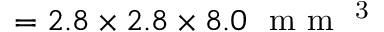
= 2 . 8 \times 2 . 8 \times 8 . 0 \ \mathrm { ~ m ~ m ~ } ^ { \mathrm { ~ 3 ~ } }